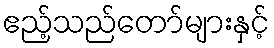
ဧည့်သည်တော်များနှင့်